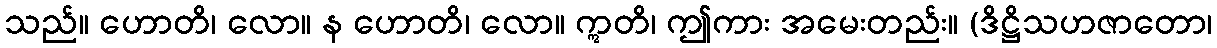
သည်။ ဟောတိ၊ လော။ န ဟောတိ၊ လော။ ဣတိ၊ ဤကား အမေးတည်း။ (ဒိဋ္ဌိသဟဇာတော၊